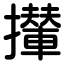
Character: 攆